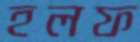
হলফ